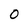
Character: 0